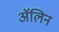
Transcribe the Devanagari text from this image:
ॲलिन